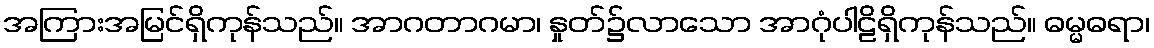
အကြားအမြင်ရှိကုန်သည်။ အာဂတာဂမာ၊ နှုတ်၌လာသော အာဂုံပါဠိရှိကုန်သည်။ ဓမ္မဓရာ၊